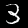
Digit: 3